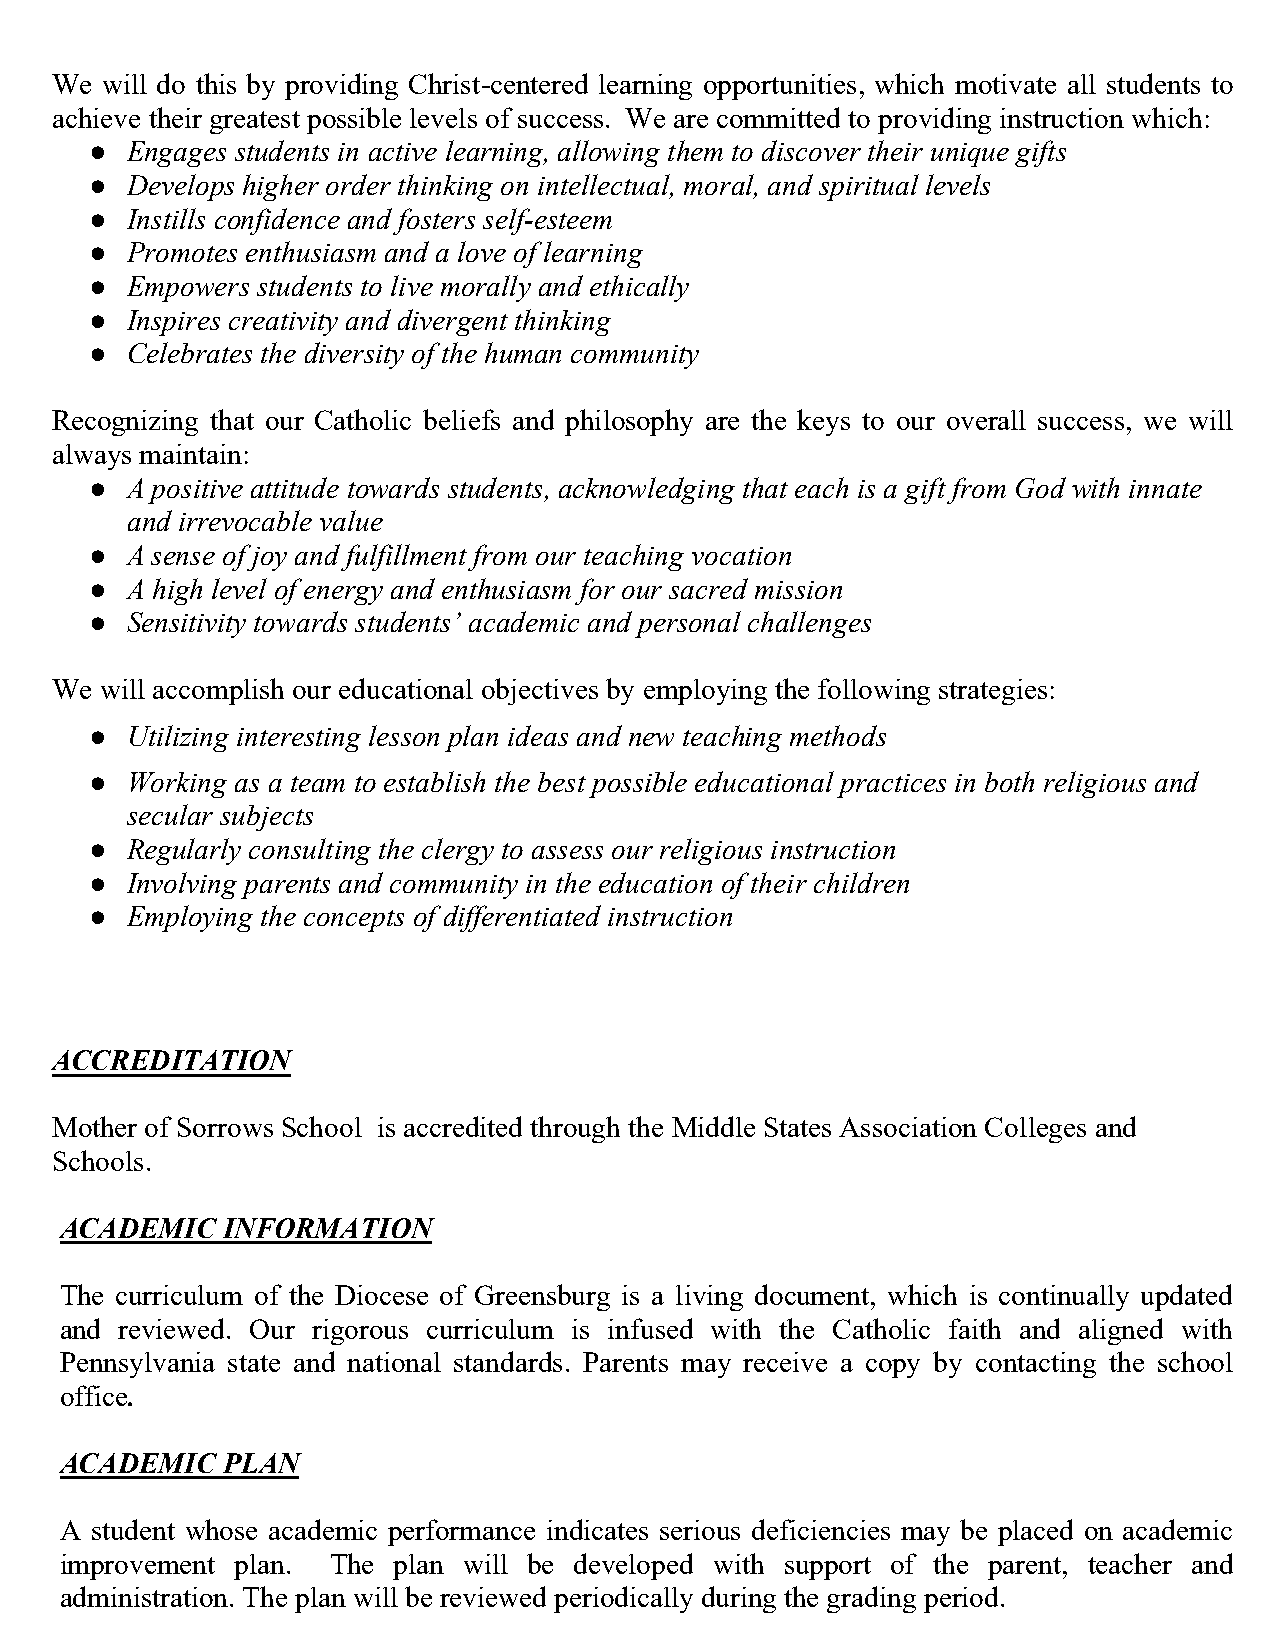
We  will do this by providing Christ-centered learning opportunities, which motivate all students to
 achieve their greatest possible levels of success. We are committed to providing instruction which:
 ● Engages students in active learning, allowing them to discover their unique gifts
 ● Develops higher order thinking on intellectual, moral, and spiritual levels
 ● Instills confidence and fosters self-esteem
 ● Promotes enthusiasm and a love of learning
 ● Empowers students to live morally and ethically
 ● Inspires creativity and divergent thinking
 ● Celebrates the diversity of the human community
 Recognizing that our Catholic beliefs and philosophy are the keys to our overall success, we will
 always maintain:
 ● A positive attitude towards students, acknowledging that each is a gift from God with innate
 and irrevocable value
 ● A sense of joy and fulfillment from our teaching vocation
 ● A high level of energy and enthusiasm for our sacred mission
 ● Sensitivity towards students’ academic and personal challenges
 We  will accomplish our educational objectives by employing the following strategies:
 ● Utilizing interesting lesson plan ideas and new teaching methods
 ● Working as a team to establish the best possible educational practices in both religious and
 secular subjects
 ● Regularly consulting the clergy to assess our religious instruction
 ● Involving parents and community in the education of their children
 ● Employing the concepts of differentiated instruction
 ACCREDITATION
 Mother of Sorrows School is accredited through the Middle States Association Colleges and
 Schools.
 ACADEMIC   INFORMATION
 The curriculum of the Diocese of Greensburg is a living document, which is continually updated
 and reviewed. Our rigorous curriculum is infused with the Catholic faith and aligned with
 Pennsylvania state and national standards. Parents may receive a copy by contacting the school
 office.
 ACADEMIC   PLAN
 A student whose academic performance indicates serious deficiencies may be placed on academic
 improvement plan. The plan will be developed with support of the parent, teacher and
 administration. The plan will be reviewed periodically during the grading period.